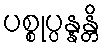
ပစ္စုပ္ပန္နန္တိ